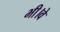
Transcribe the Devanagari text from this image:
भी।वे